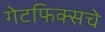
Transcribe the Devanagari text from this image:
गेटफिक्सचे